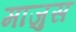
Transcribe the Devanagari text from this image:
माजुस